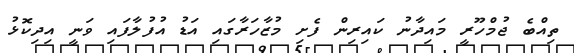
ތިއްބެ ޖުމްހޫރީ މައިދާނު ކައިރިން ފެށި މުޒާހަރާގައި އަޑު އުފުލާފައި ވަނީ އިދިކޮޅު